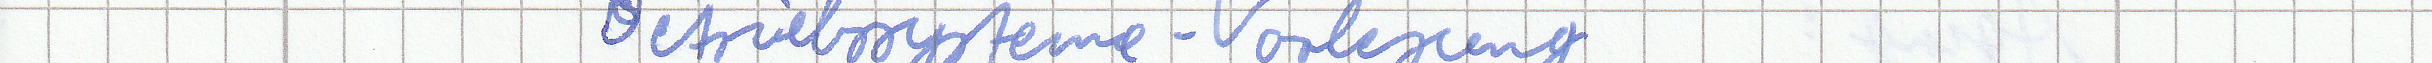
Betriebsysteme-Vorlesung